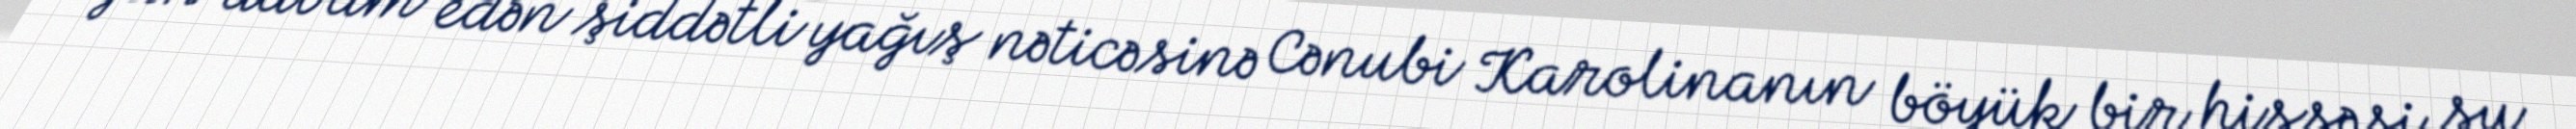
gün davam edən şiddətli yağış nəticəsinə Cənubi Karolinanın böyük bir hissəsi su